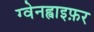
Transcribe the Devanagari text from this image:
ग्वेनह्वाइफ़र